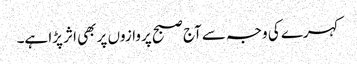
کہرے کی وجہ سے آج صبح پروازوں پر بھی اثر پڑا ہے۔